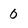
Character: 0